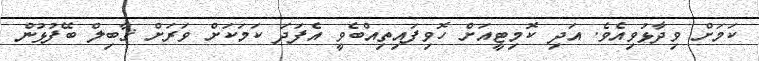
ކަމަށް ވިދާޅުވިއެވެ. އަދި ކޮމިޓީއަށް ހޮވިފައިތިއްބެވީ އެފަދަ ކަމަކަށް ވަރަށް ޤާބިލް ބޭފުޅުން